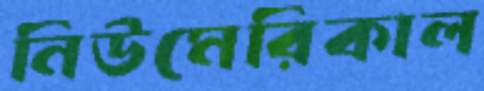
নিউমেরিকাল